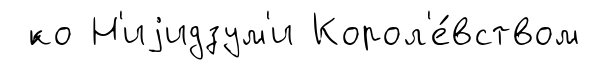
́ко Н'иjидзум'и Корол'е́вством